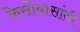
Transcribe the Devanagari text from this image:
केसोबासांनी